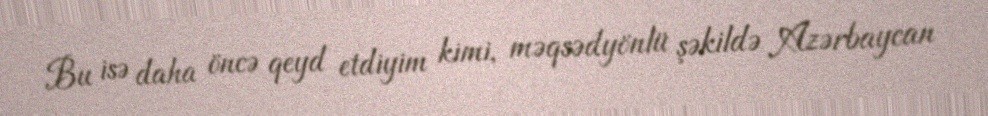
Bu isə daha öncə qeyd etdiyim kimi, məqsədyönlü şəkildə Azərbaycan